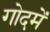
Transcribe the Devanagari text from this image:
गोदमें